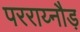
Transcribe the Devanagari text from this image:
परराय्नौड़